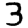
Digit: 3